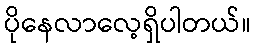
ပိုနေလာလေ့ရှိပါတယ်။